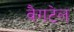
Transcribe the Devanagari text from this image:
वैगटेल